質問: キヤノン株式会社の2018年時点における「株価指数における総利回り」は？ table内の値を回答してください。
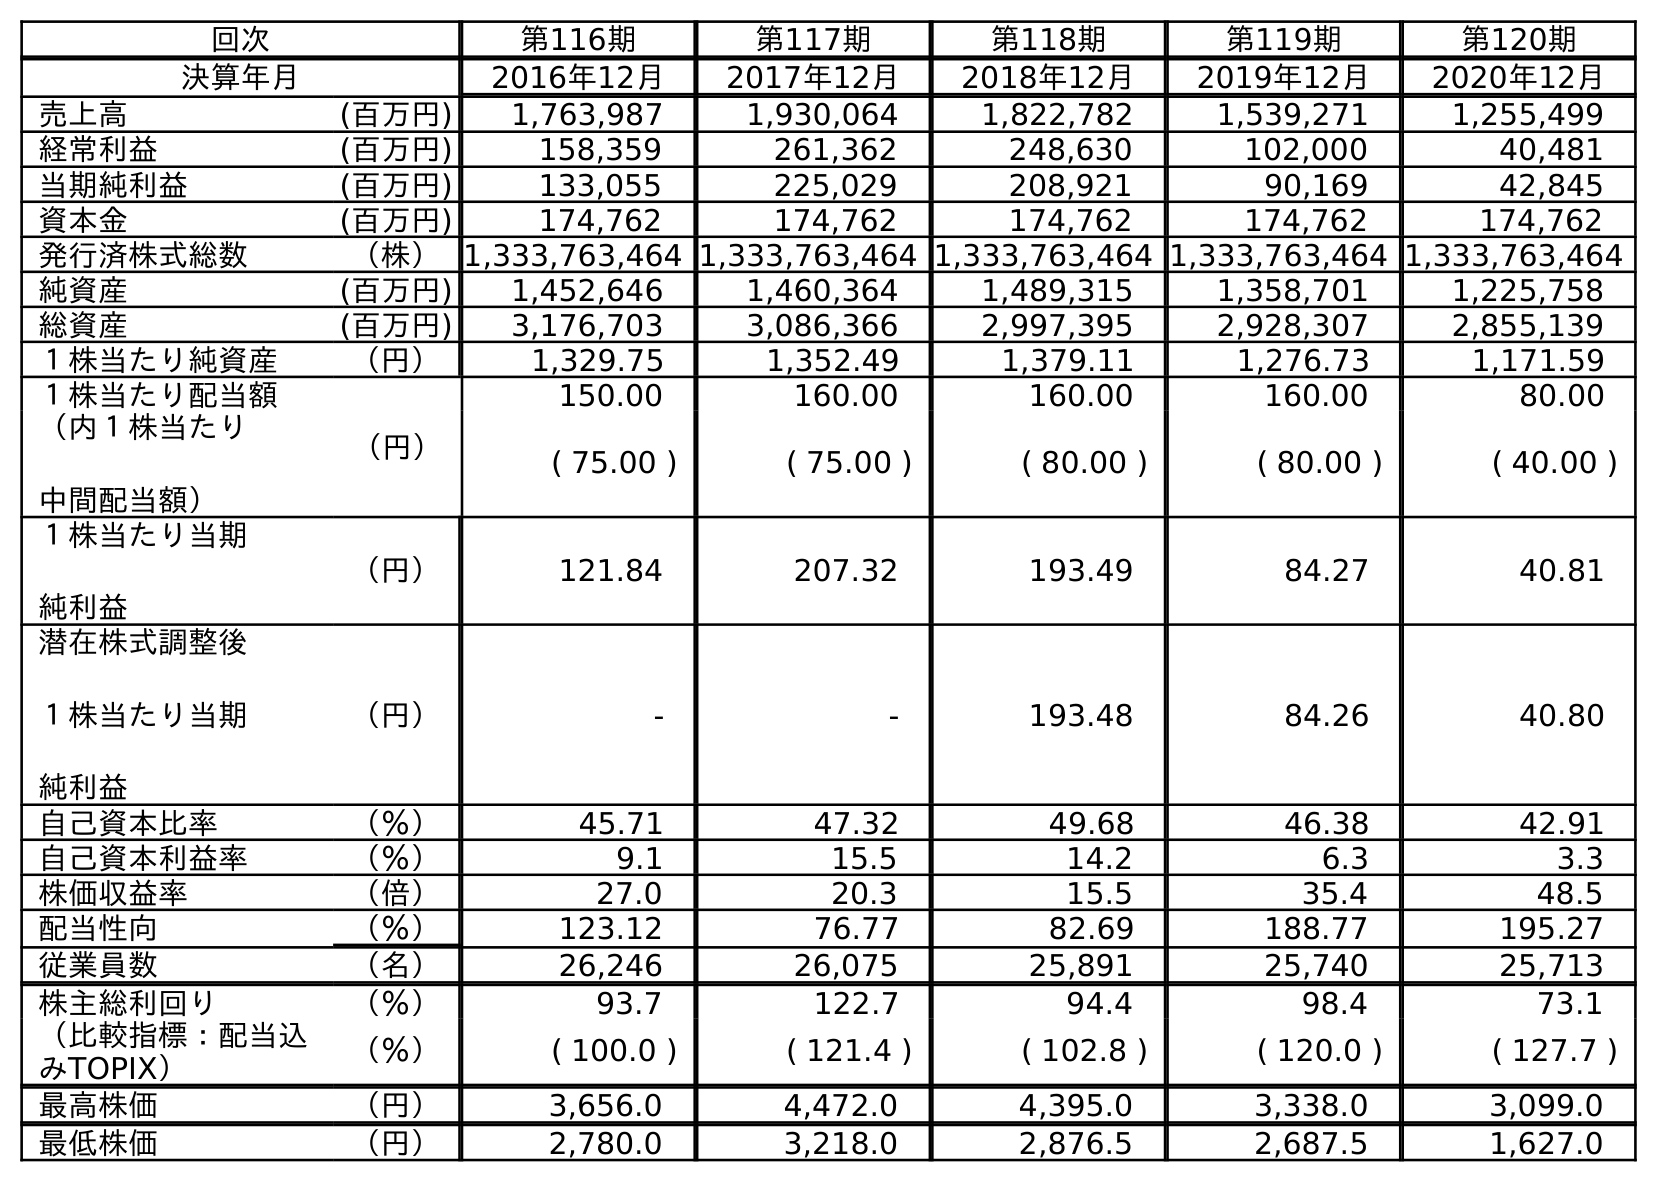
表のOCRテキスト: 回次 第116期 第117期 第118期 第119期 第120期 決算年月 2016年12月 2017年12月 2018年12月 2019年12月 2020年12月 売上高 (百万円) 1,763,987 1,930,064 1,822,782 1,539,271 1,255,499 経常利益 (百万円) 158,359 261,362 248,630 102,000 40,481 当期純利益 (百万円) 133,055 225,029 208,921 90,169 42,845 資本金 (百万円) 174,762 174,762 174,762 174,762 174,762 発行済株式総数 （株）1,333,763,464 1,333,763,464 1,333,763,464 1,333,763,464 1,333,763,464 純資産 (百万円) 1,452,646 1,460,364 1,489,315 1,358,701 1,225,758 総資産 (百万円) 3,176,703 3,086,366 2,997,395 2,928,307 2,855,139 １株当たり純資産 （円） 1,329.75 1,352.49 1,379.11 1,276.73 1,171.59 １株当たり配当額 （円） 150.00 160.00 160.00 160.00 80.00 （内１株当たり 中間配当額） ( 75.00 ) ( 75.00 ) ( 80.00 ) ( 80.00 ) ( 40.00 ) １株当たり当期 純利益 （円） 121.84 207.32 193.49 84.27 40.81 潜在株式調整後 １株当たり当期 純利益 （円） - - 193.48 84.26 40.80 自己資本比率 （％） 45.71 47.32 49.68 46.38 42.91 自己資本利益率 （％） 9.1 15.5 14.2 6.3 3.3 株価収益率 （倍） 27.0 20.3 15.5 35.4 48.5 配当性向 （％） 123.12 76.77 82.69 188.77 195.27 従業員数 （名） 26,246 26,075 25,891 25,740 25,713 株主総利回り （％） 93.7 122.7 94.4 98.4 73.1 （比較指標：配当込 みTOPIX） （％） ( 100.0 ) ( 121.4 ) ( 102.8 ) ( 120.0 ) ( 127.7 ) 最高株価 （円） 3,656.0 4,472.0 4,395.0 3,338.0 3,099.0 最低株価 （円） 2,780.0 3,218.0 2,876.5 2,687.5 1,627.0
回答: (102.8)